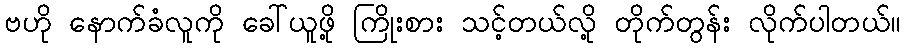
ဗဟို နောက်ခံလူကို ခေါ်ယူဖို့ ကြိုးစား သင့်တယ်လို့ တိုက်တွန်း လိုက်ပါတယ်။